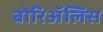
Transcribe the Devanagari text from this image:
बोरिॲलिस